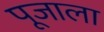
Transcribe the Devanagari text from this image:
पूजाला